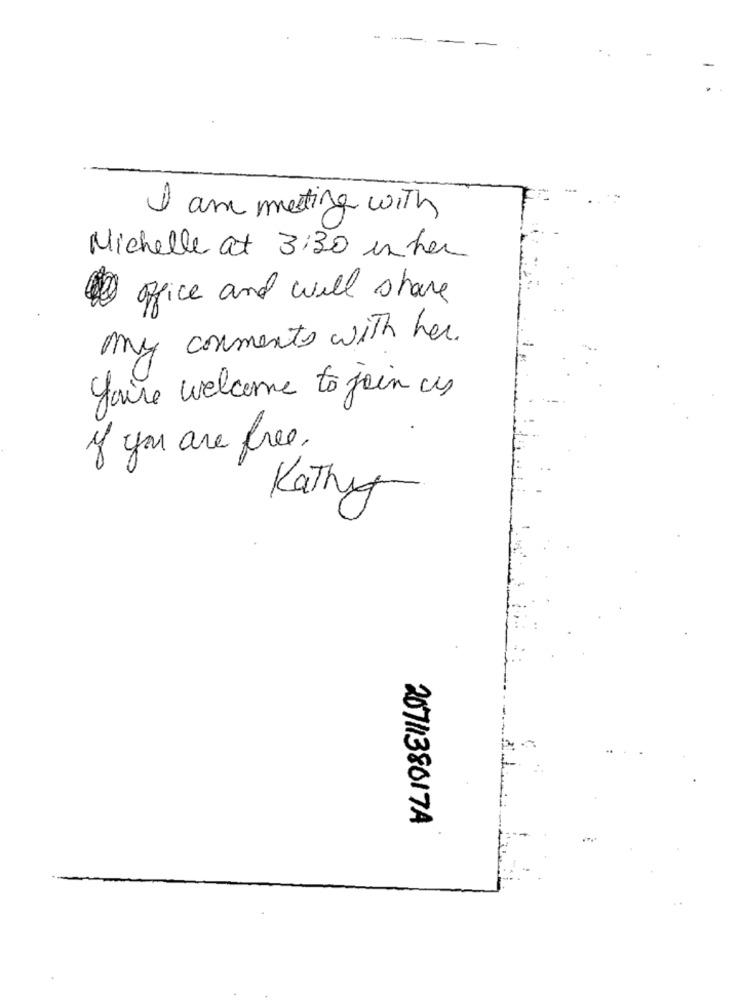
I am meeting with
Michelle at 3:30 uhr
office and will share
my comments with her.
faire welcome to join us
If you are free.
Kathy
2071138017A